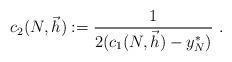
LaTeX: \begin{align*}c_2(N,\vec{h}):= \frac{1}{2(c_1(N,\vec{h}) - y_N^*)}\ .\end{align*}